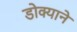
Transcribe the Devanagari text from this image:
डोक्याने